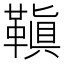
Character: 𩌙